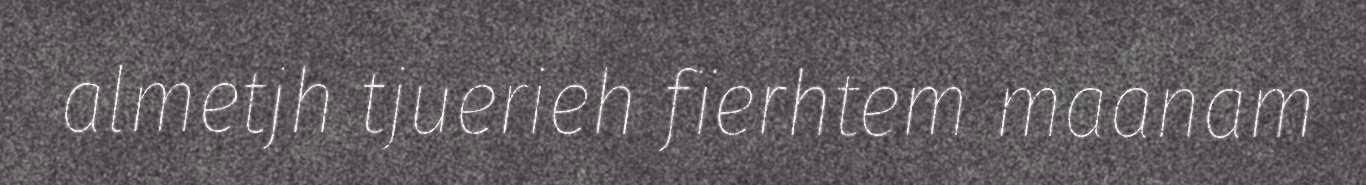
almetjh tjuerieh fïerhtem maanam